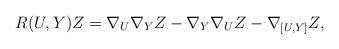
LaTeX: \begin{align*}R(U,Y)Z=\nabla_U\nabla_YZ-\nabla_Y\nabla_UZ-\nabla_{[U,Y]}Z,\end{align*}